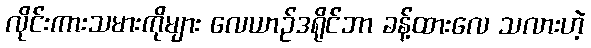
လိုင်းကားသမားကိုများ လေယာဉ်ဒရိုင်ဘာ ခန့်ထားလေ သလားဟဲ့